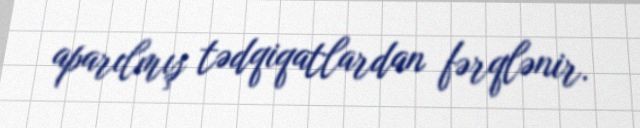
aparılmış tədqiqatlardan fərqlənir.